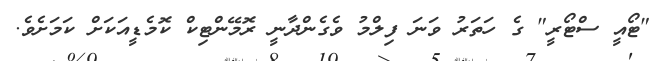
"ޓޯއީ ސްޓޯރީ" ގެ ހަތަރު ވަނަ ފިލްމު ވެގެންދާނީ ރޮމޭންޓިކް ކޮމެޑީއަކަށް ކަމަށެވެ.